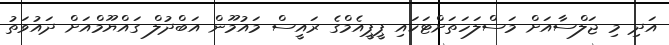
އަދި މި ޖަލްސާއަށް މަސްލަހަތަށްޓަކައި ޕީޕީއެމްގެ ރައީސް މައުމޫން އަބްދުލް ގައްޔޫމްއަށް ދައުވަތު